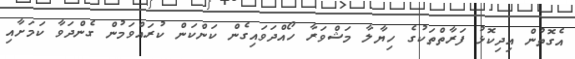
އެގޮތުން އިދިކޮޅު ފަރާތްތަކުގެ ހިޔާލާ މަޝްވަރާ ހޯއްދަވައިގެން ކަންކަން ކުރައްވަމުން ގެންދަވާ ކަމަށާއި